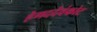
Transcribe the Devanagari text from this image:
हेगददेवंकोट